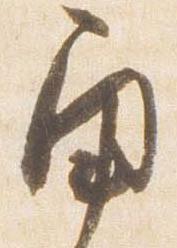
角